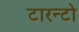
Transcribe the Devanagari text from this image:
टारन्टो